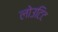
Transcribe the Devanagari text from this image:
लोउटिट